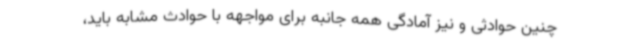
چنین حوادثی و نیز آمادگی همه جانبه برای مواجهه با حوادث مشابه باید،